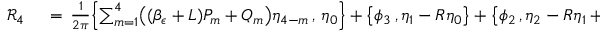
\begin{array} { r l } { \mathcal { R } _ { 4 } \, } & { { } = \, \frac { 1 } { 2 \pi } \Bigl \{ \sum _ { m = 1 } ^ { 4 } \bigl ( ( \beta _ { \epsilon } + L ) P _ { m } + Q _ { m } \bigr ) \eta _ { 4 - m } \, , \, \eta _ { 0 } \Bigr \} + \bigl \{ \phi _ { 3 } \, , \eta _ { 1 } - R \eta _ { 0 } \bigr \} + \bigl \{ \phi _ { 2 } \, , \eta _ { 2 } - R \eta _ { 1 } + R ^ { 2 } \eta _ { 0 } \bigr \} } \end{array}